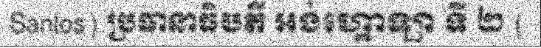
Santos) ប្រធានាធិបតី អង់ហ្គោឡា ទី ២ (